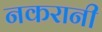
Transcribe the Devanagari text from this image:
नकरानी